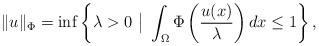
LaTeX: \begin{align*}\|u\|_\Phi=\inf\left\{\lambda>0~\big|~\int_\Omega \Phi\left(\frac{u(x)}{\lambda}\right) dx \leq 1\right\},\end{align*}